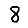
Digit: 8